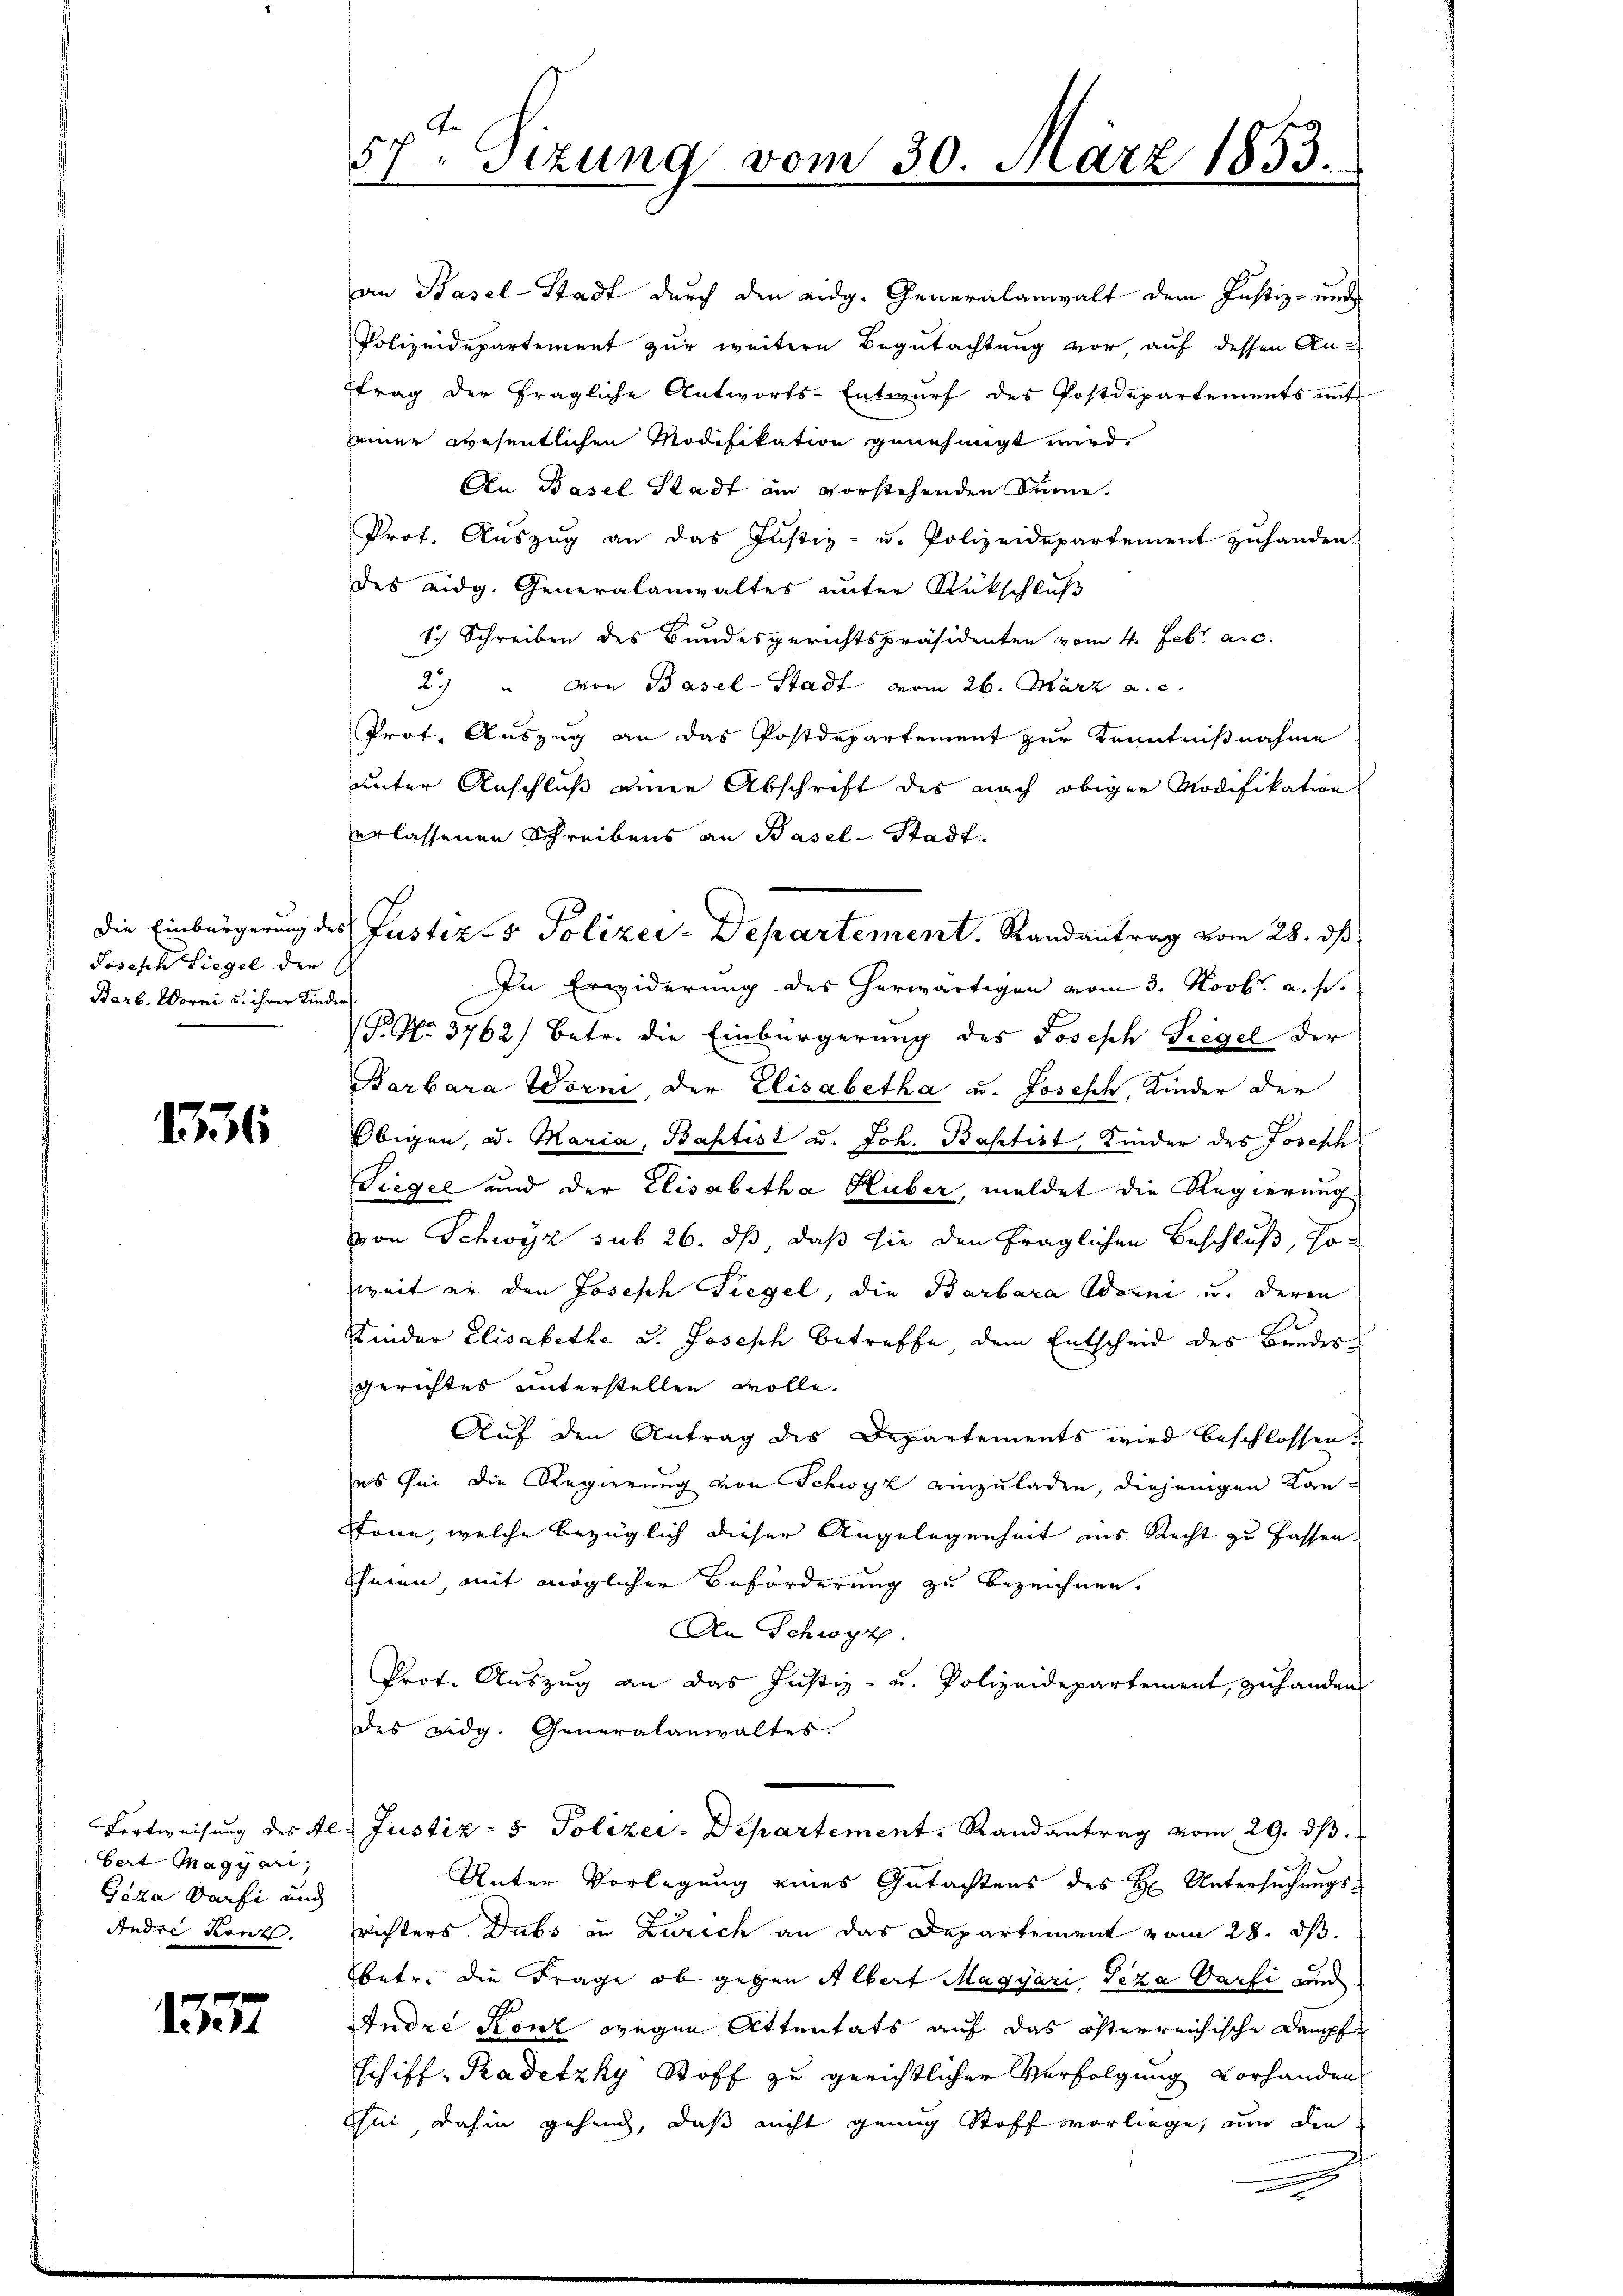
Joseph Liegel der
Barb. Worni u. ihrer Kinder

1336

Fortweisung des Al.
bert Magyari,
Geza Darfi und
Andre kant.

137

Ar
57. Sizung vom 30. März 1853.

an Hasel-Stadt durch den eidg. Generalanwalt dem Justiz- und
Polizeidepartement zur weitern Begutachtung vor, auf dessen An-
ftrag der fragliche Antworts-Entwurf des Postdepartements mit
einer wesentlichen Modifikation genehmigt wird
An Basel Stadt ain vorstehenden Sinne.
Prof. Auszug an das Justiz- u. Polizeidepartement zuhanden.
des eidg. Generalanwaltes unter Rückschluß
S. Schreiben des Bundesgerichtspräsidenten vom 4. Febr. a. c.
25 " von Basel-Stadt vom 26. März a. c.
Prot. Auszug an das Postdepartement zur Kenntnißnahme
unter Anschluß einer Abschrift des nach obiger Modifikation
erlassenen Schreibens an Basel-Stadt.
In Erwiderung des herwärtigen vom 3. Novbr. a. s.
P. Nr. 3762) Betr. die Einbürgerung des Joseph Siegel der
Barbara Torni, der Elisabetha u. Joseph, Kinder der
Obigen, u. Maria, Baptist u. Joh. Baptist, Kinder des Joseph
Siegel und der Elisabetha Huber, meldet die Regierung
von Schwyz sub 26. dß daß sie den fraglichen Beschluß, so
weit er den Joseph Siegel, die Barbara Worni u. deren
Kinder Elisabethe u. Joseph betreffe, dem Entscheid des Bundes
Gerichtes unterstellen wolle.
Auf den Antrag des Departements wird beschlossen:
es sei die Regierung von Schwyz einzuladen, diejenigen Kanonn, welche bezüglich dieser Angelegenheit ins Recht zu fassen.
thmen, mit möglicher Beförderung zu bezeichnen.
An Schwyz.
Prot. Auszug an das Justiz- u. Polizeidepartement, zuhanden
des Fidg. Generalanwaltes.
Justiz- & Polizei-Departement. Randantrag vom 29. dβ.
Unter Vorlegung eines Gutachtens des H. Untersuchungs¬
.
f
richters. Dubs in Zürich an das Departement vom 28. ds.
betr. die Frage, ob gegen Albert Magyari, Teza Parti und
Andre Konz gegen Attentats auf das österreichische Dampf
Schiff-Kadetzky Stoff zu gerichtlicher Verfolgung vorhanden
hin, dahin gehend, daß nicht genug Stoff vorliege, um die

Die Einbürgerung des Justiz- & Polizei-Departement. Randantrag vom 28. ds